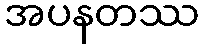
အပနတဿ